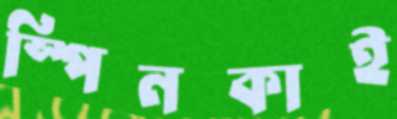
স্পিনকাই